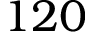
1 2 0